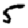
Digit: 5